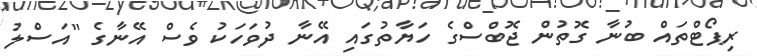
ރިޕޯޓްތައް ބުނާ ގޮތުން ޖޮބްސްގެ ހަޔާތުގައި އޭނާ ދުވަހަކު ވެސް އޭނާގެ "އަސްލު